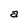
Character: a